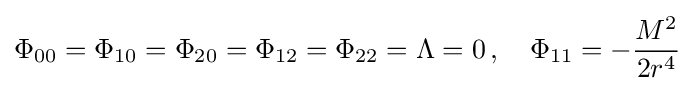
\Phi _{00}=\Phi _{10}=\Phi _{20}=\Phi _{12}=\Phi _{22}=\Lambda =0\,,\quad \Phi _{11}=-{\frac {M^{2}}{2r^{4}}}